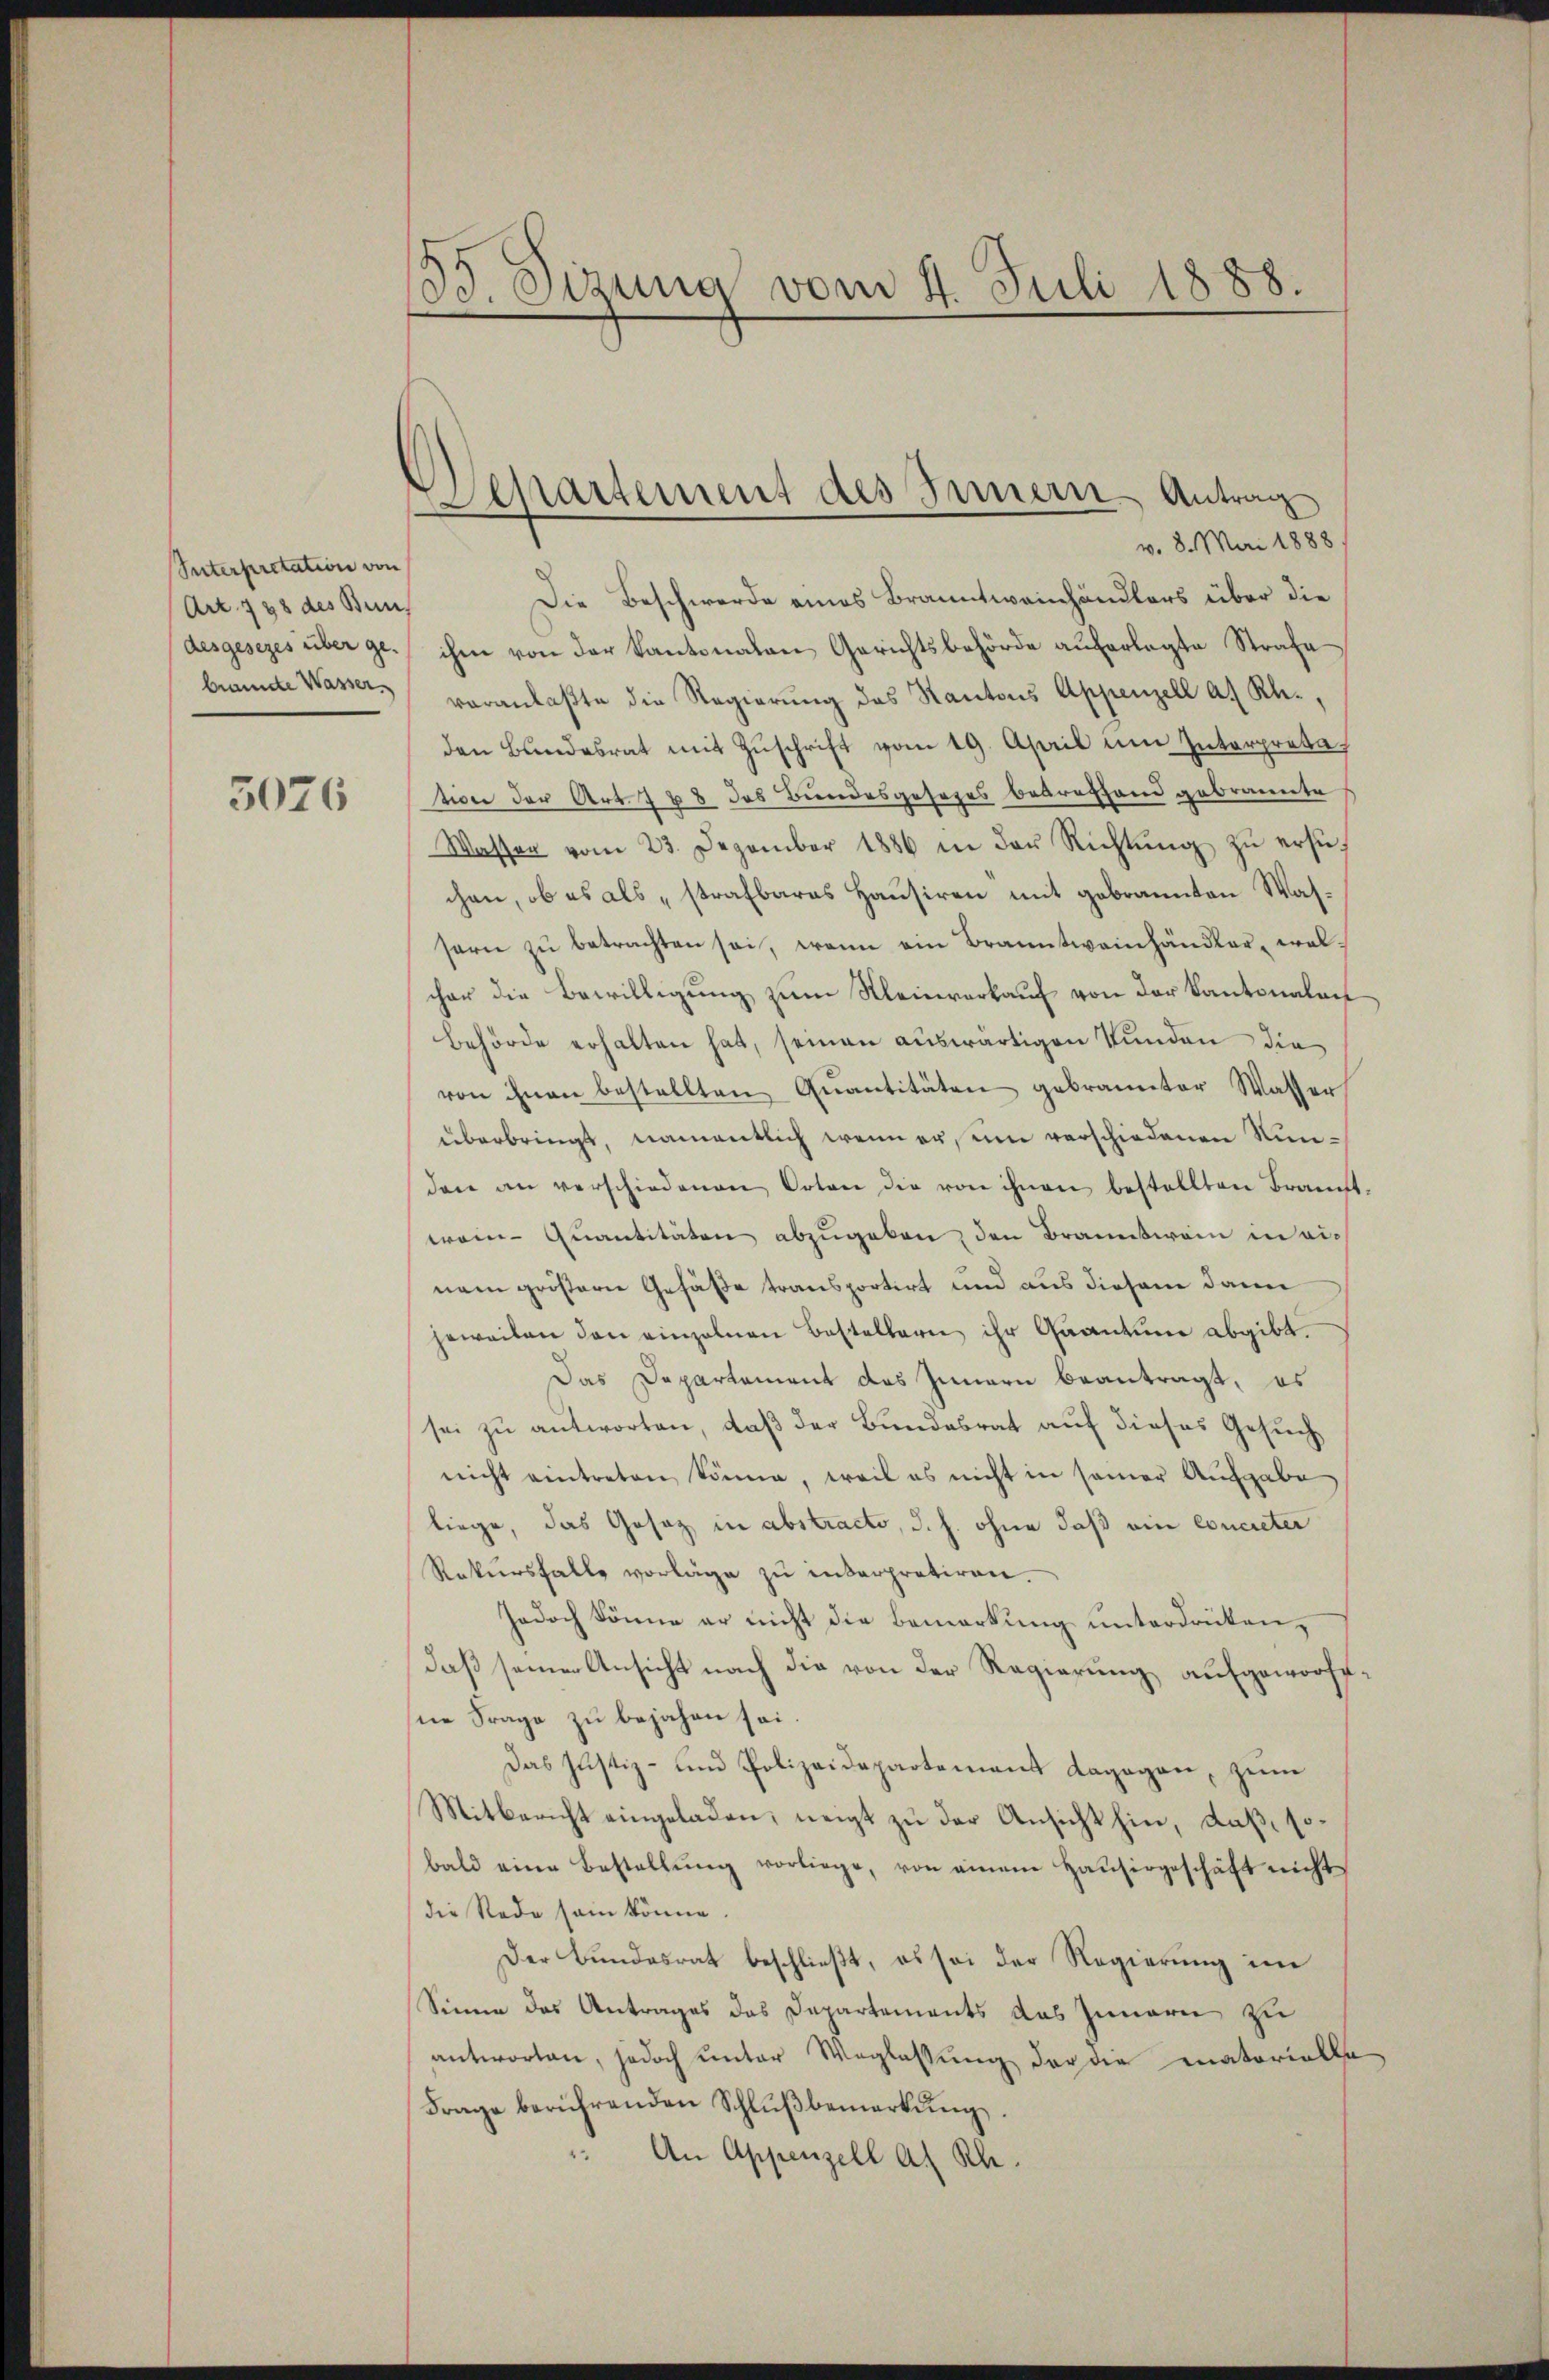
Suterpretation von
Art. 738 des Bun
desgesezes über ge-
brannte Wasser

5076

85 Sizung vom 4. Juli 1888.

Departement des Innern - Antrag
v. 8. Mai 1888

Die Beschwerde eines Branntweinhändlers über die
ihm von der Kantonaten Gerichtsbehörde auferlegte Strafe
veranlaßte die Regierŭng des Kantons Appenzell a. Rh.,
den Bŭndesrat mit Zŭschrift vom 19. April um Interpreta
tion der Art. 788 das Bundesgesezes betreffend gebrannte
Wasser vom 23. Dezember 1886 in der Richtŭng zŭ ersuchen, ob es als „strafbares Hausiren mit gebrannten Wassern zŭ betrachten sei, wenn ein Branntweinhändler, welcher die Bewilligung zum Kleinverkauf von der Kantonalent
behörde erhalten hat, seinen auswärtigen Stunden die
von ihnen bestellten Quantitäten gebrannter Wasser
überbringt, namentlich wenn er, um verschiedenen Niden an verschiedenen Orten die von ihnen bestellten Braucht.
woin-Quantitäten abzugeben, den Branntwein einem größern Gefäße transportirt und aus diesem dann
jeweilen den einzelnen Bestellern ihr Quantum abgibt.
Das Departement das Innern beantragt, es
sei zu antworten, daß der Bundesrat auf dieses Gesuch
nicht eintreten könne, weil es nicht in seiner Aufgabe
liege, das Gesetz in abstracto, d. h. ohne daß ein concreter
Rekŭrsfalle vorläge zu interpretiren.
Jedoch könne er nicht die Bemerkung unterdrüken,
daß seiner Ansicht nach die von der Regierung aufgeworfene Frage zu bejahen sei.
Das Justiz- und Polizeidepartement dagegen, zum
Mitbericht eingeladen, neigt zu der Ansicht hin, daß, sobald eine Bestellŭng vorliege, von einem Haŭsergeschäft nicht
die Rede sein könne.
Der Bundesrat beschließt, es sei der Regierung im
Sinne des Antrages das Departements das Innern zu
antworten, jedoch unter Weglassung der die matorialle
Frage berührenden Schlŭβbemerkŭng.
An Appenzell a. Rh.